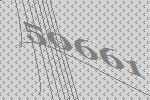
50661